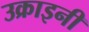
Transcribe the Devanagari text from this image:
उक्राइनी